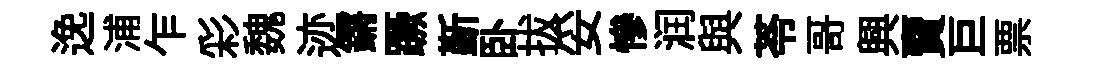
𨓜浦乍彩魏迹鏘蹶斳卧拔妥慘润與苓哥興𧶠巨票